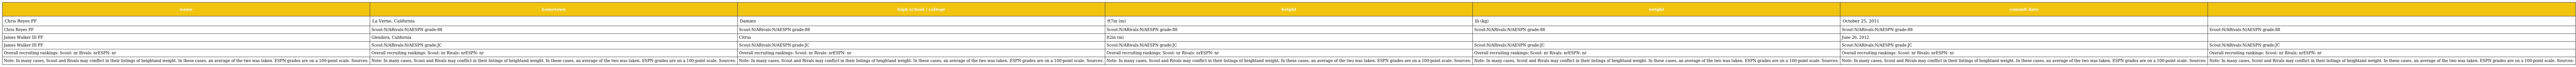
| name | hometown | high school / college | height | weight | commit date |  |
 | --- | --- | --- | --- | --- | --- | --- |
 | Chris Reyes PF | La Verne, California | Damien | ft7in (m) | lb (kg) | October 25, 2011 |  |
 | Chris Reyes PF | Scout:N/ARivals:N/AESPN grade:88 | Scout:N/ARivals:N/AESPN grade:88 | Scout:N/ARivals:N/AESPN grade:88 | Scout:N/ARivals:N/AESPN grade:88 | Scout:N/ARivals:N/AESPN grade:88 | Scout:N/ARivals:N/AESPN grade:88 |
 | James Walker III PF | Glendora, California | Citrus | ft2in (m) |  | June 26, 2012 |  |
 | James Walker III PF | Scout:N/ARivals:N/AESPN grade:JC | Scout:N/ARivals:N/AESPN grade:JC | Scout:N/ARivals:N/AESPN grade:JC | Scout:N/ARivals:N/AESPN grade:JC | Scout:N/ARivals:N/AESPN grade:JC | Scout:N/ARivals:N/AESPN grade:JC |
 | Overall recruiting rankings: Scout: nr Rivals: nrESPN: nr | Overall recruiting rankings: Scout: nr Rivals: nrESPN: nr | Overall recruiting rankings: Scout: nr Rivals: nrESPN: nr | Overall recruiting rankings: Scout: nr Rivals: nrESPN: nr | Overall recruiting rankings: Scout: nr Rivals: nrESPN: nr | Overall recruiting rankings: Scout: nr Rivals: nrESPN: nr | Overall recruiting rankings: Scout: nr Rivals: nrESPN: nr |
 | Note: In many cases, Scout and Rivals may conflict in their listings of heightand weight. In these cases, an average of the two was taken. ESPN grades are on a 100-point scale. Sources: | Note: In many cases, Scout and Rivals may conflict in their listings of heightand weight. In these cases, an average of the two was taken. ESPN grades are on a 100-point scale. Sources: | Note: In many cases, Scout and Rivals may conflict in their listings of heightand weight. In these cases, an average of the two was taken. ESPN grades are on a 100-point scale. Sources: | Note: In many cases, Scout and Rivals may conflict in their listings of heightand weight. In these cases, an average of the two was taken. ESPN grades are on a 100-point scale. Sources: | Note: In many cases, Scout and Rivals may conflict in their listings of heightand weight. In these cases, an average of the two was taken. ESPN grades are on a 100-point scale. Sources: | Note: In many cases, Scout and Rivals may conflict in their listings of heightand weight. In these cases, an average of the two was taken. ESPN grades are on a 100-point scale. Sources: | Note: In many cases, Scout and Rivals may conflict in their listings of heightand weight. In these cases, an average of the two was taken. ESPN grades are on a 100-point scale. Sources: |